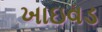
ખાઇવડ